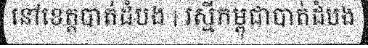
នៅខេត្តបាត់ដំបង | រស្មីកម្ពុជាបាត់ដំបង